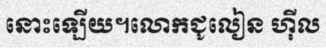
នោះឡើយ។លោកជូលៀន ហ៊ីល